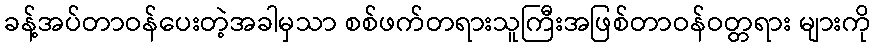
ခန့်အပ်တာဝန်ပေးတဲ့အခါမှသာ စစ်ဖက်တရားသူကြီးအဖြစ်တာဝန်ဝတ္တရား များကို